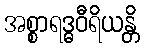
အစ္စာရဒ္ဓဝီရိယန္တိ